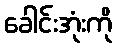
ခေါင်းအုံးကို